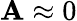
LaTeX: \mathbf{A}\approx0